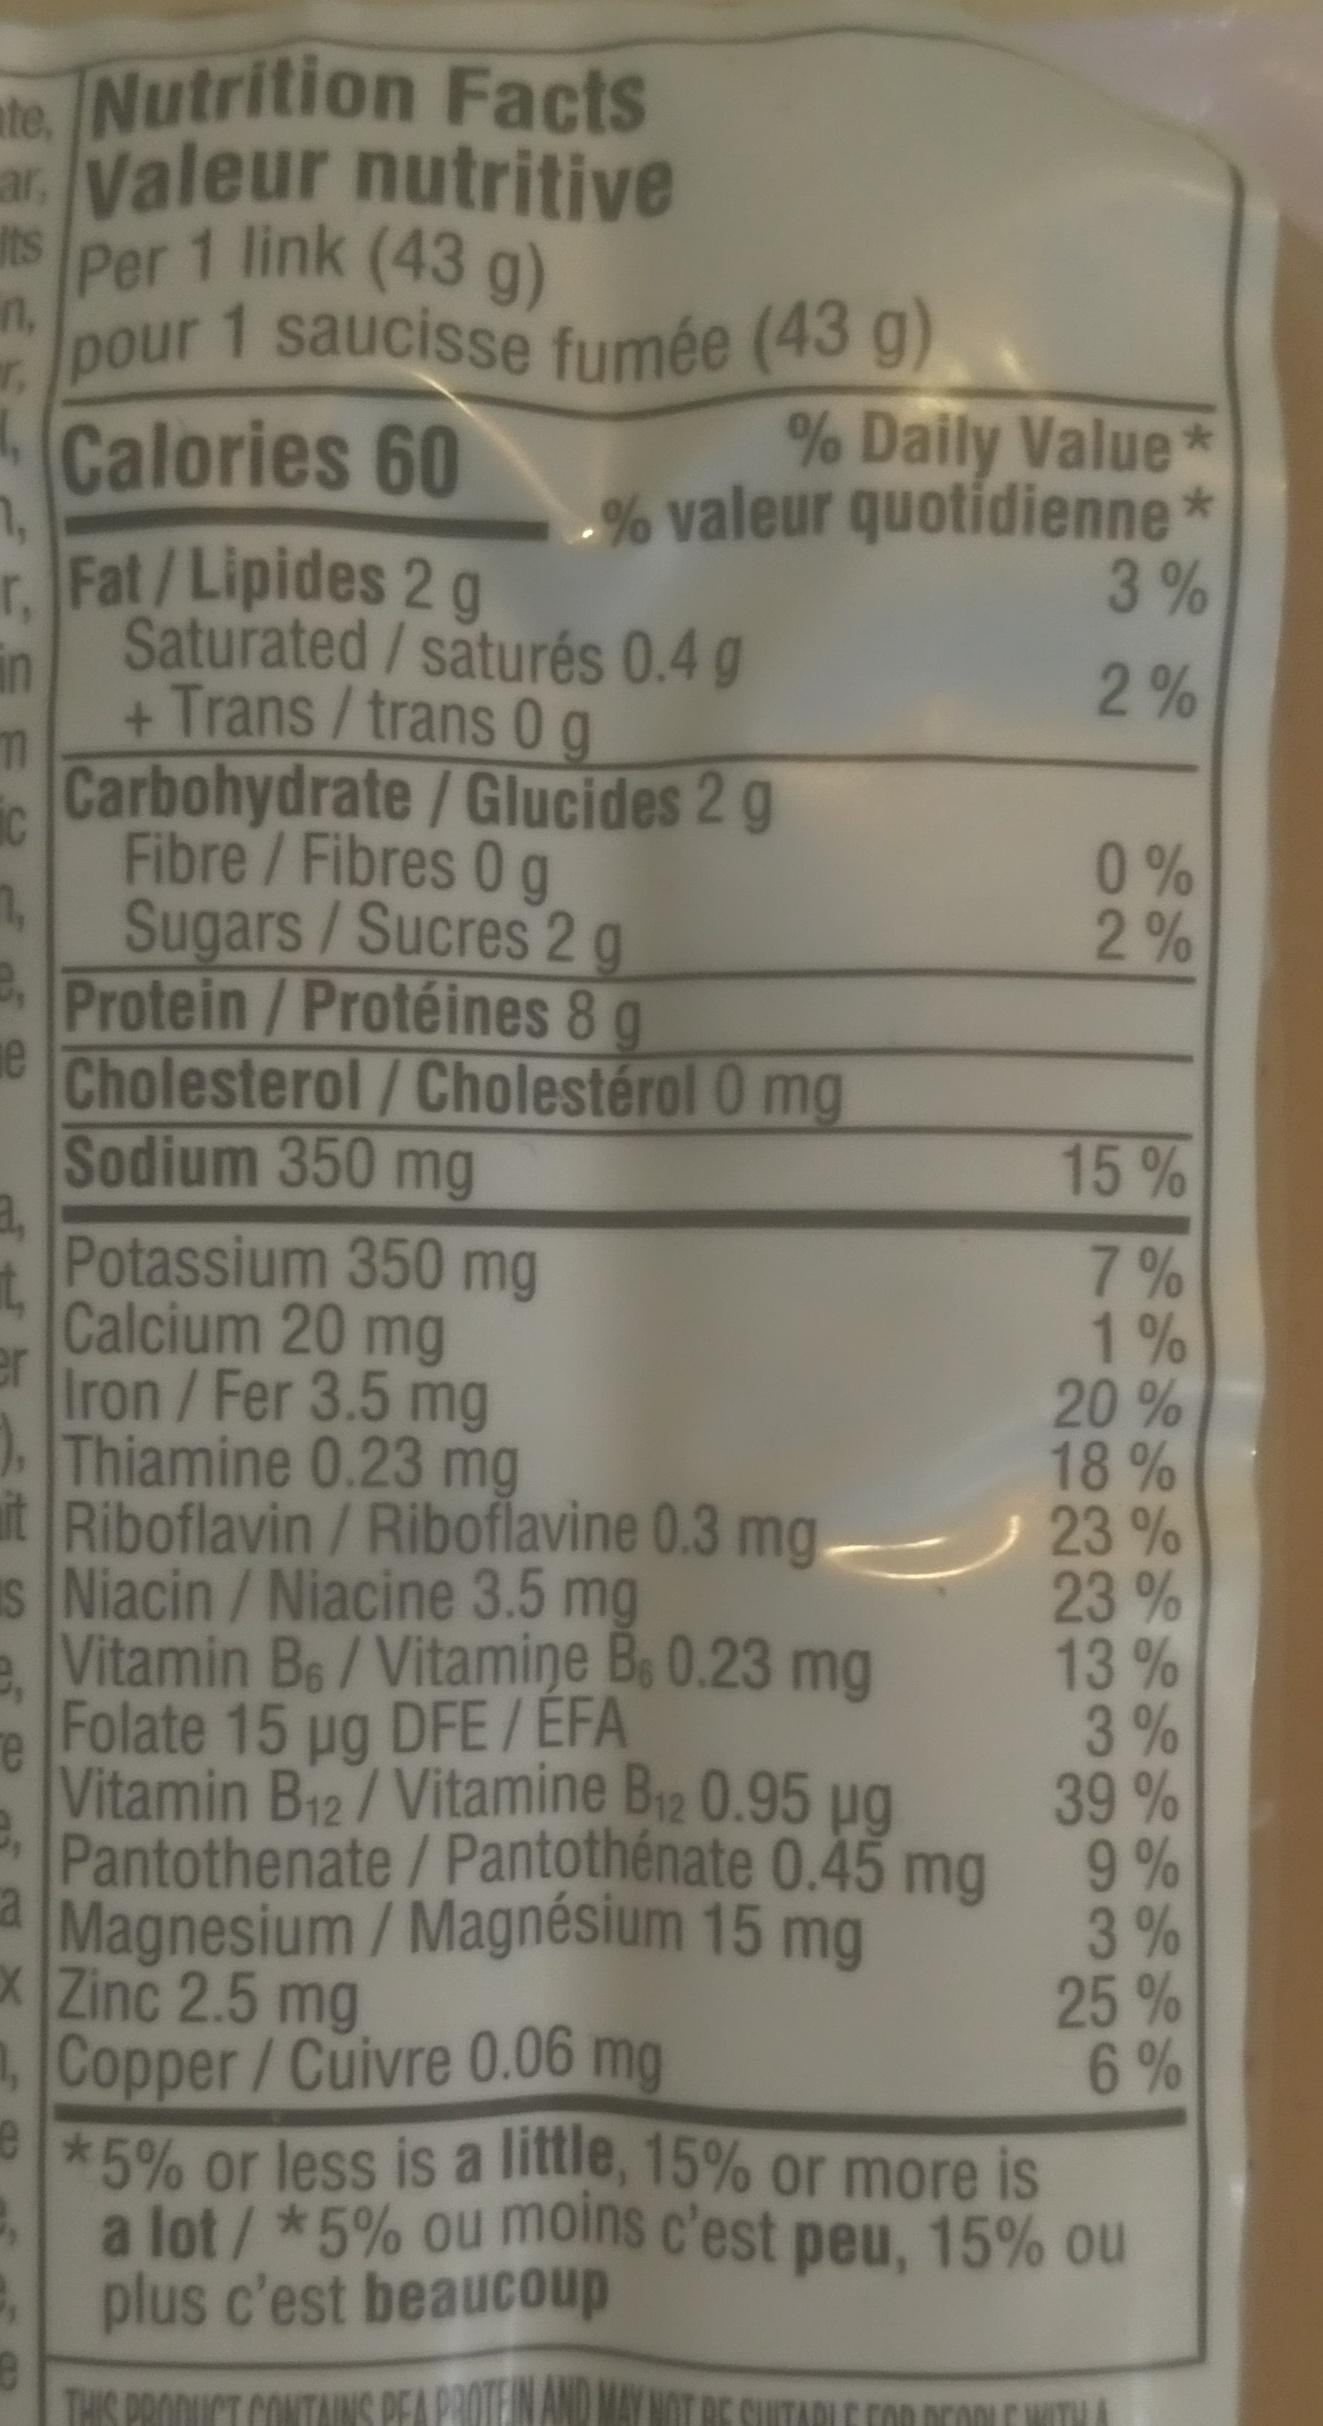
ate, Nutrition Facts ar. Valeur nutritive Per 1 link (43 g) 1 saucisse fumée (43 g)
Its
pour
n,
T,
H₁
Calories 60
7,
r. Fat/Lipides 2 g
in
m
ic
7,
e
3,
it,
er
e,
e,
e
Saturated/saturés 0.4 g
Trans/trans 0 g
Carbohydrate / Glucides 2 g Fibre / Fibres 0 g
Sugars / Sucres 2 g Protein / Protéines 8 g
Cholesterol / Cholestérol 0 mg
Sodium 350 mg
+
Potassium 350 mg
Calcium 20 mg
Iron/Fer 3.5 mg Thiamine 0.23 mg
it Riboflavin / Riboflavine 0.3 mg s Niacin / Niacine 3.5 mg
e, Vitamin B6/Vitamine B, 0.23 mg Folate 15 µg DFE/ÉFA
Vitamin B₁2/Vitamine B₁2 0.95 µg Pantothenate/ Pantothénate 0.45 mg a Magnesium / Magnésium 15 mg x Zinc 2.5 mg 1, Copper/Cuivre 0.06 mg
% Daily Value* % valeur quotidienne*
THIS PRODUCT CONTAIN
3%
2%
FOR PEOP
0%
02
2%
15%
7%
1%
20%
18%
23%
23%
13%
3%
39%
9%
3%
25%
Ro
*5% or less is a little, 15% or more is a lot / *5% ou moins c'est peu, 15% ou plus c'est beaucoup
6%